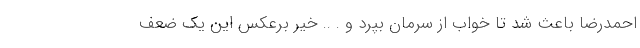
احمدرضا باعث شد تا خواب از سرمان بپرد و . .. خیر برعکس این یک ضعف